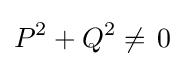
P^{2}+Q^{2}\neq \,0